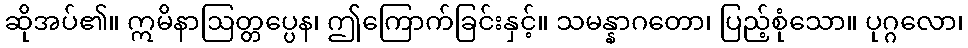
ဆိုအပ်၏။ ဣမိနာဩတ္တပ္ပေန၊ ဤကြောက်ခြင်းနှင့်။ သမန္နာဂတော၊ ပြည့်စုံသော။ ပုဂ္ဂလော၊